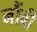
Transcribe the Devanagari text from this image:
नौंबी